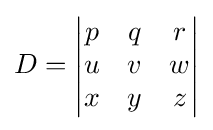
D={\begin{vmatrix}p&q&r\\u&v&w\\x&y&z\end{vmatrix}}